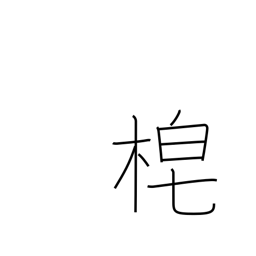
Meaning: sickle handle